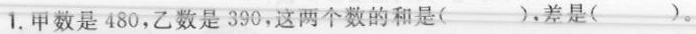
1.甲数是480，乙数是390，这两个数的和是( )，差是( )。